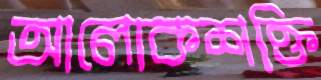
আলোকশক্তি